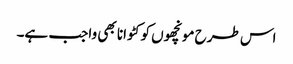
اس طرح مونچھوں کو کٹوانا بھی واجب ہے۔